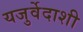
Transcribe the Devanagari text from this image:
यजुर्वेदाशी